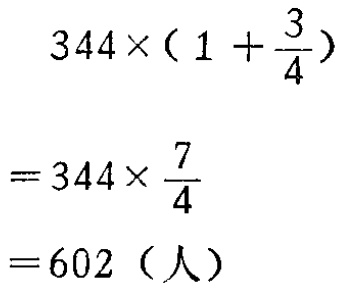
\[

\begin{align*}

&344\times(1 + \frac{3}{4})\\

=&344\times\frac{7}{4}\\

=&602（人）

\end{align*}

\]